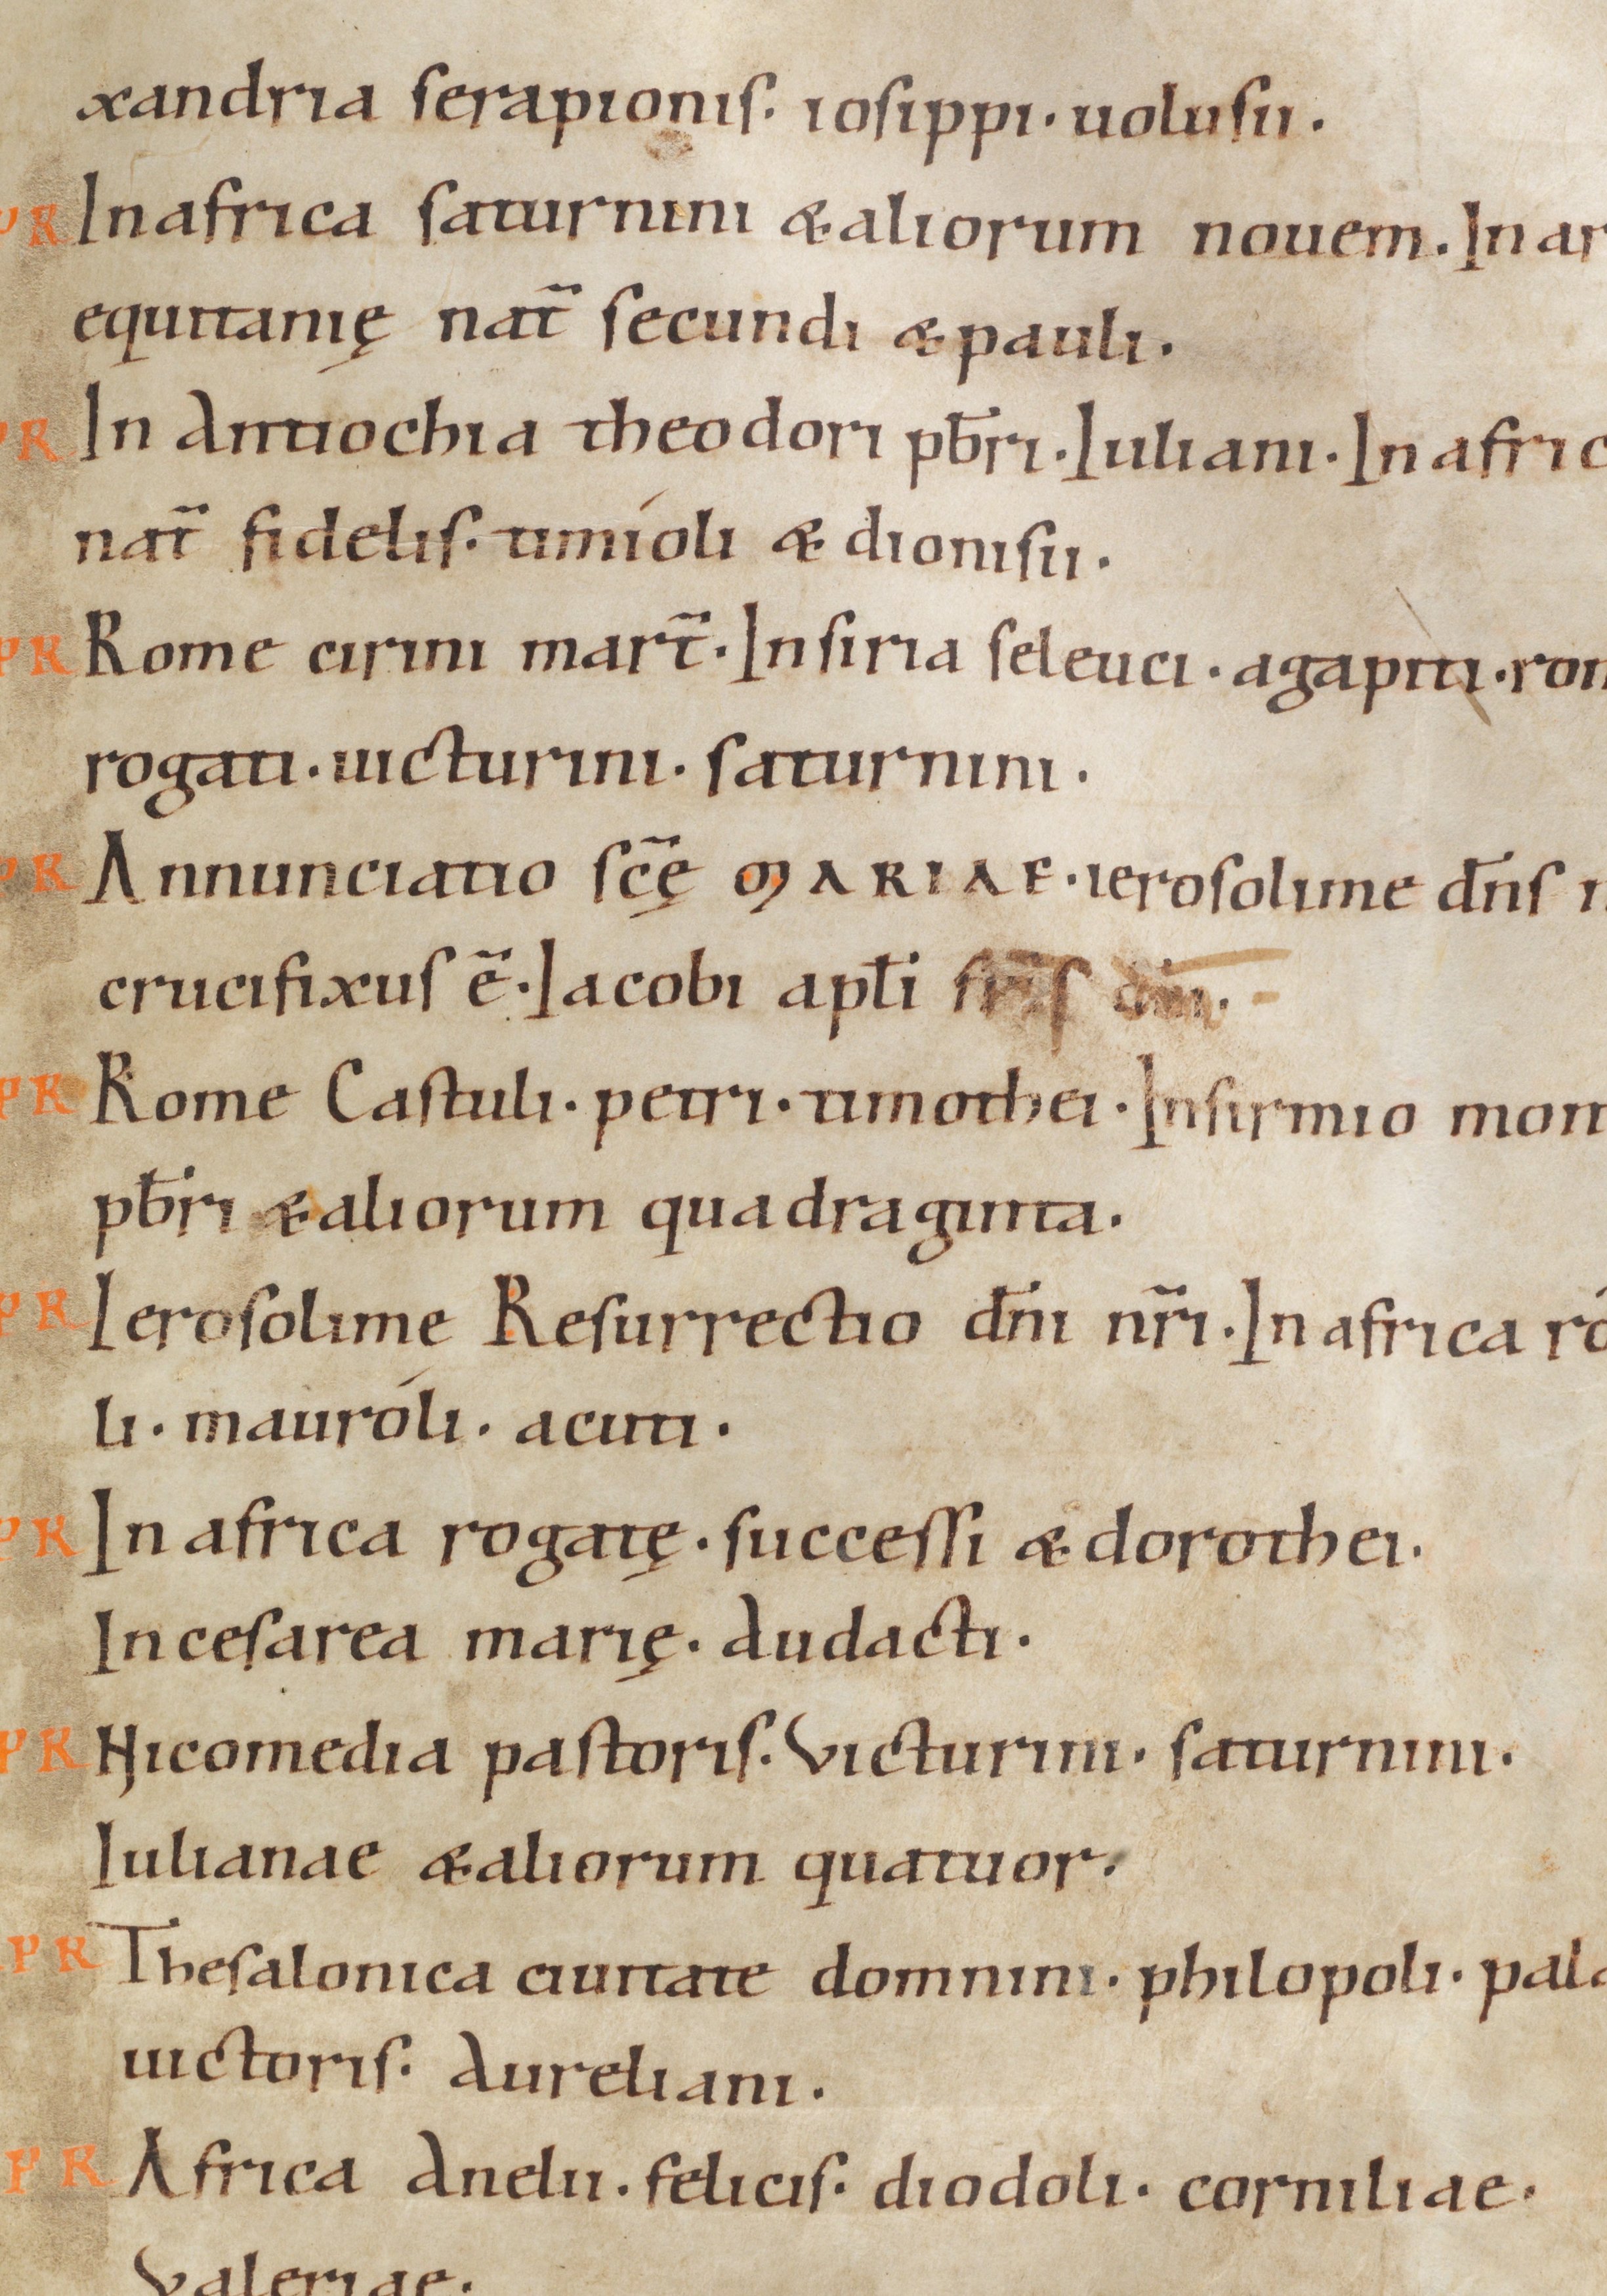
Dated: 1070–1099